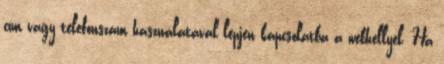
cím vagy telefonszám használatával lépjen kapcsolatba a webhellyel. Ha